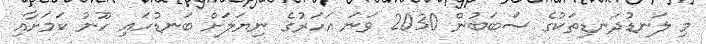
މި ލަނޑުދަނޑިތަކުގެ ސަބަބުން 2030 ވަނަ އަހަރުގެ ނިޔަލަށް ބަނޑުހައި ހޫނު ކަމަށާއި